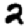
Digit: 2